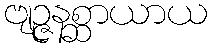
ဗျဉ္ဇနစ္ဆာယာယ